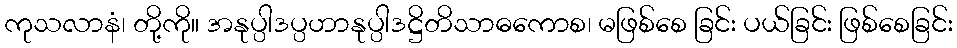
ကုသလာနံ၊ တို့ကို။ အနုပ္ပါဒပ္ပဟာနုပ္ပါဒဋ္ဌိတိသာဓကောစ၊ မဖြစ်စေ ခြင်း ပယ်ခြင်း ဖြစ်စေခြင်း